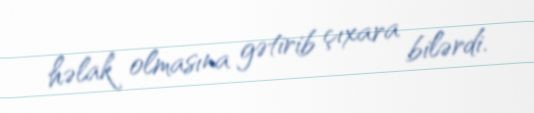
həlak olmasına gətirib çıxara bilərdi.